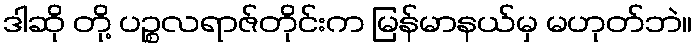
ဒါဆို တို့ ပဉ္စလရာဇ်တိုင်းက မြန်မာနယ်မှ မဟုတ်ဘဲ။